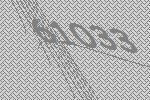
61033